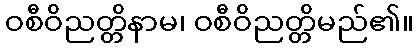
ဝစီဝိညတ္တိနာမ၊ ဝစီဝိညတ္တိမည်၏။